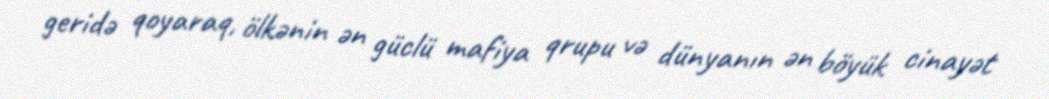
geridə qoyaraq, ölkənin ən güclü mafiya qrupu və dünyanın ən böyük cinayət